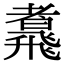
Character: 䬡